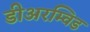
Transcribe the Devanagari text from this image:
डीअरम्विड